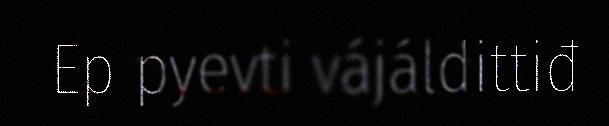
Ep pyevti vájáldittiđ